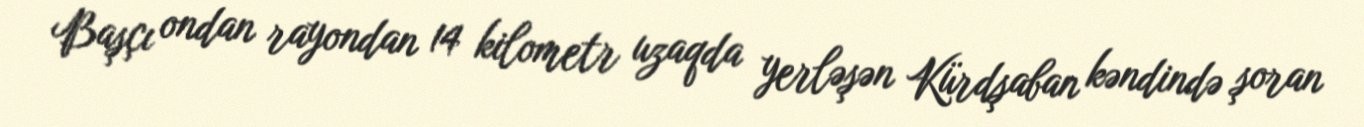
Başçı ondan rayondan 14 kilometr uzaqda yerləşən Kürdşaban kəndində şoran